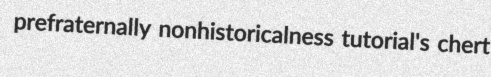
prefraternally nonhistoricalness tutorial's chert